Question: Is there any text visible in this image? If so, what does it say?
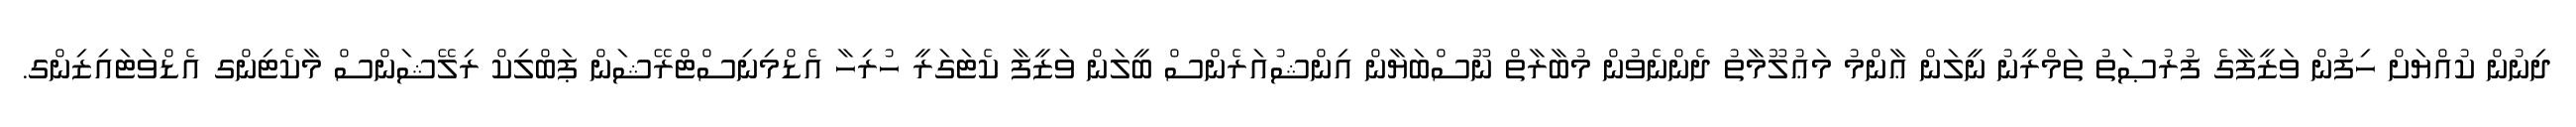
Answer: ދިނުން ކުއްޔަށް ހިފުން ވަޒީފާގެ ފުރުޞަތު ތަމްރީނު ނީލަން ޢާންމު މަޢުލޫމާތު ދެންނެވުން މުބާރާތް ނޫސްބަޔާން އިންޝުއަރެންސް ބީލަން ވަޒީފާ ކެޓަގަރީ ހުރިހާ އެޑްމިނިސްޓްރޭޝަން ޕަބްލިކް ރިލޭޝަންސް މާކެޓިންގ އެޑްވަޓައިޒިންގ.